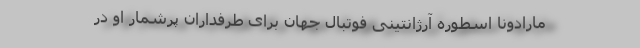
مارادونا اسطوره آرژانتینی فوتبال جهان برای طرفداران پرشمار او در